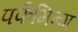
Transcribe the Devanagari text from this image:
पर्फमिन्ग